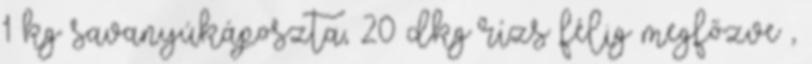
1 kg savanyúkáposzta, 20 dkg rízs félig megfőzve ,